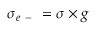
\sigma _ { e \mathrm { ~ - ~ } } = \sigma \times g